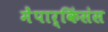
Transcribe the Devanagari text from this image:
मेंपार्किंसंस